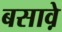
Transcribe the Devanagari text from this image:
बसावे़